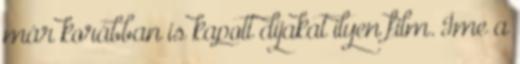
már korábban is kapott díjakat ilyen film. Íme a